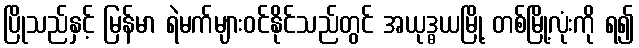
ပြိုသည်နှင့် မြန်မာ ရဲမက်များဝင်နိုင်သည်တွင် အယုဒ္ဓယမြို့ တစ်မြို့လုံးကို ရ၍